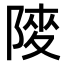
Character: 𨺶